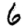
Digit: 6